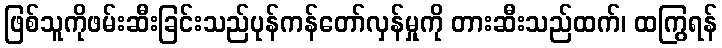
ဖြစ်သူကိုဖမ်းဆီးခြင်းသည်ပုန်ကန်တော်လှန်မှုကို တားဆီးသည်ထက်၊ ထကြွရန်